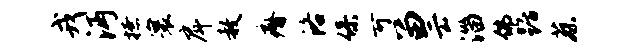
戎沔撩寰戽赦瘠洛保可留云淄佛踞蔡